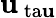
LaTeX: \mathbf{u}_{\mathrm{{\ ta\mathbf{u}}}}